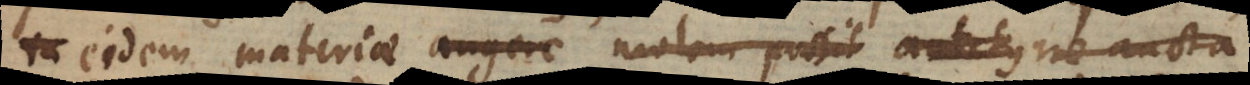
s eidem materiae augere molem possit antity ne aucta